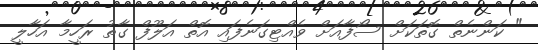
" ކަންނެތް ގޮތަކަށް ސޯފާއަށް ވެއްޓިގަނެފައި އޮތް އަލޫފް ގާތު ރަހީމާ އަހާލީ